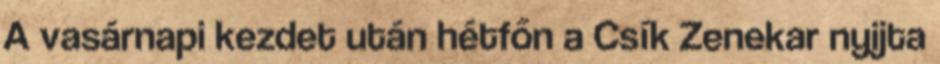
A vasárnapi kezdet után hétfőn a Csík Zenekar nyijta